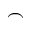
\scriptscriptstyle \frown